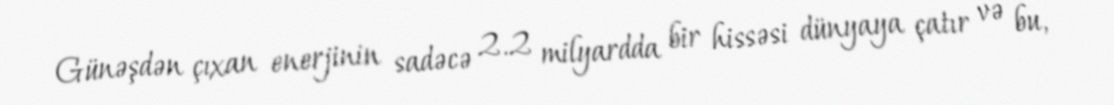
Günəşdən çıxan enerjinin sadəcə 2.2 milyardda bir hissəsi dünyaya çatır və bu,